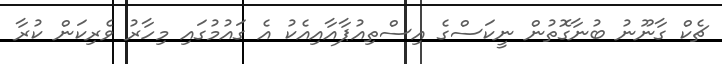
ޗެކް ގާނޫނު ބުނާގޮތުން ނީކަސްގެ އިސްތިއުޕާއާއިއެކު އެ ގައުމުގައި މިހާރު ވެރިކަން ކުރާ